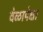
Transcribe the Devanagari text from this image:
वेळापेक्षा